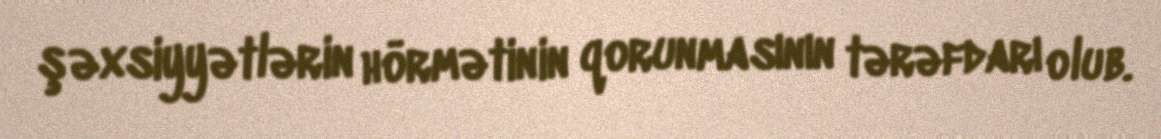
şəxsiyyətlərin hörmətinin qorunmasının tərəfdarı olub.